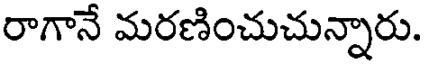
రాగానే మరణించుచున్నారు.